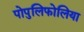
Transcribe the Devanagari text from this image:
पोपुलिफोलिया